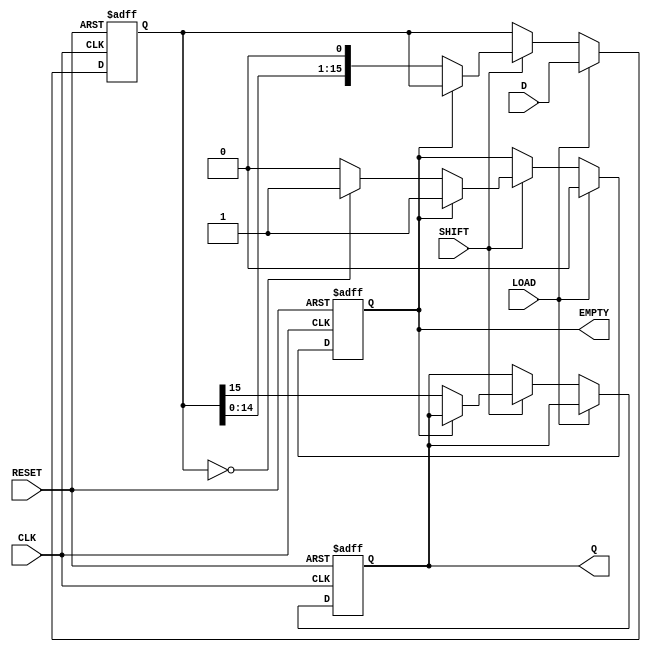
module PISO_Register (
    input wire [15:0] D,       // 16-bit input data bus
    input wire LOAD,           // Control signal to load data
    input wire SHIFT,          // Control signal to shift data out
    input wire CLK,            // Clock signal
    input wire RESET,          // Asynchronous reset signal
    output reg Q,              // Serial output
    output reg EMPTY           // Flag indicating if the register is empty
);

    reg [15:0] shift_reg;      // 16-bit shift register

    always @(posedge CLK or posedge RESET) begin
        if (RESET) begin
            shift_reg <= 16'b0; // Clear the register
            Q <= 1'b0;          // Clear the serial output
            EMPTY <= 1'b1;      // Set EMPTY flag
        end else begin
            if (LOAD) begin
                shift_reg <= D;  // Load data into the register
                EMPTY <= 1'b0;   // Register is now full
            end else if (SHIFT) begin
                if (!EMPTY) begin
                    Q <= shift_reg[15]; // Shift out the MSB
                    shift_reg <= {shift_reg[14:0], 1'b0}; // Shift left
                    // Update EMPTY flag
                    if (shift_reg == 16'b0) begin
                        EMPTY <= 1'b1; // Register is empty after shift
                    end
                end
            end
        end
    end

endmodule